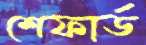
শেফার্ড